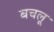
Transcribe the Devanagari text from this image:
बचलू